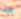
هذه